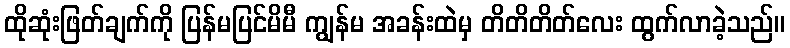
ထိုဆုံးဖြတ်ချက်ကို ပြန်မပြင်မိမီ ကျွန်မ အခန်းထဲမှ တိတိတိတ်လေး ထွက်လာခဲ့သည်။